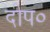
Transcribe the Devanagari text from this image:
दीप०